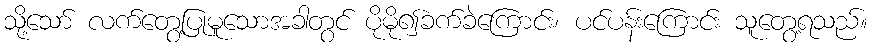
သို့သော် လက်တွေ့ပြုမူသောအခါတွင် ပိုမို၍ခက်ခဲကြောင်း၊ ပင်ပန်းကြောင်း သူတွေ့ရသည်။